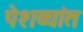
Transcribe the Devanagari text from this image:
पेशव्यांत